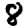
Digit: 8